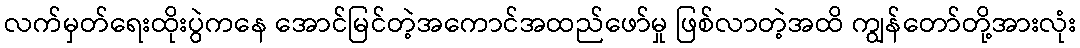
လက်မှတ်ရေးထိုးပွဲကနေ အောင်မြင်တဲ့အကောင်အထည်ဖော်မှု ဖြစ်လာတဲ့အထိ ကျွန်တော်တို့အားလုံး